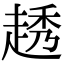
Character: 䞬